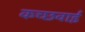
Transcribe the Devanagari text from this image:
कच्छवाई